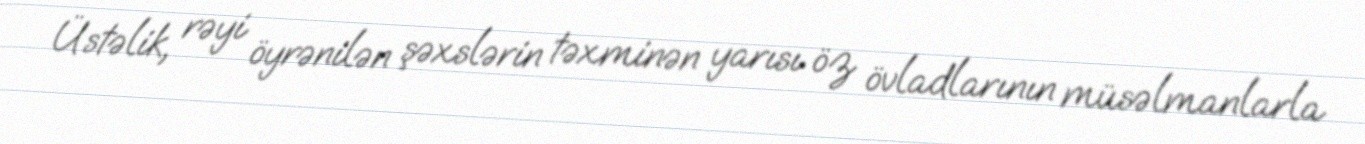
Üstəlik, rəyi öyrənilən şəxslərin təxminən yarısı öz övladlarının müsəlmanlarla